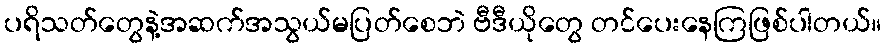
ပရိသတ်တွေနဲ့အဆက်အသွယ်မပြတ်စေဘဲ ဗီဒီယိုတွေ တင်ပေးနေကြဖြစ်ပါတယ်။